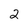
Character: 2